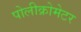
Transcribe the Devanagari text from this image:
पोलीक्रोमेटर